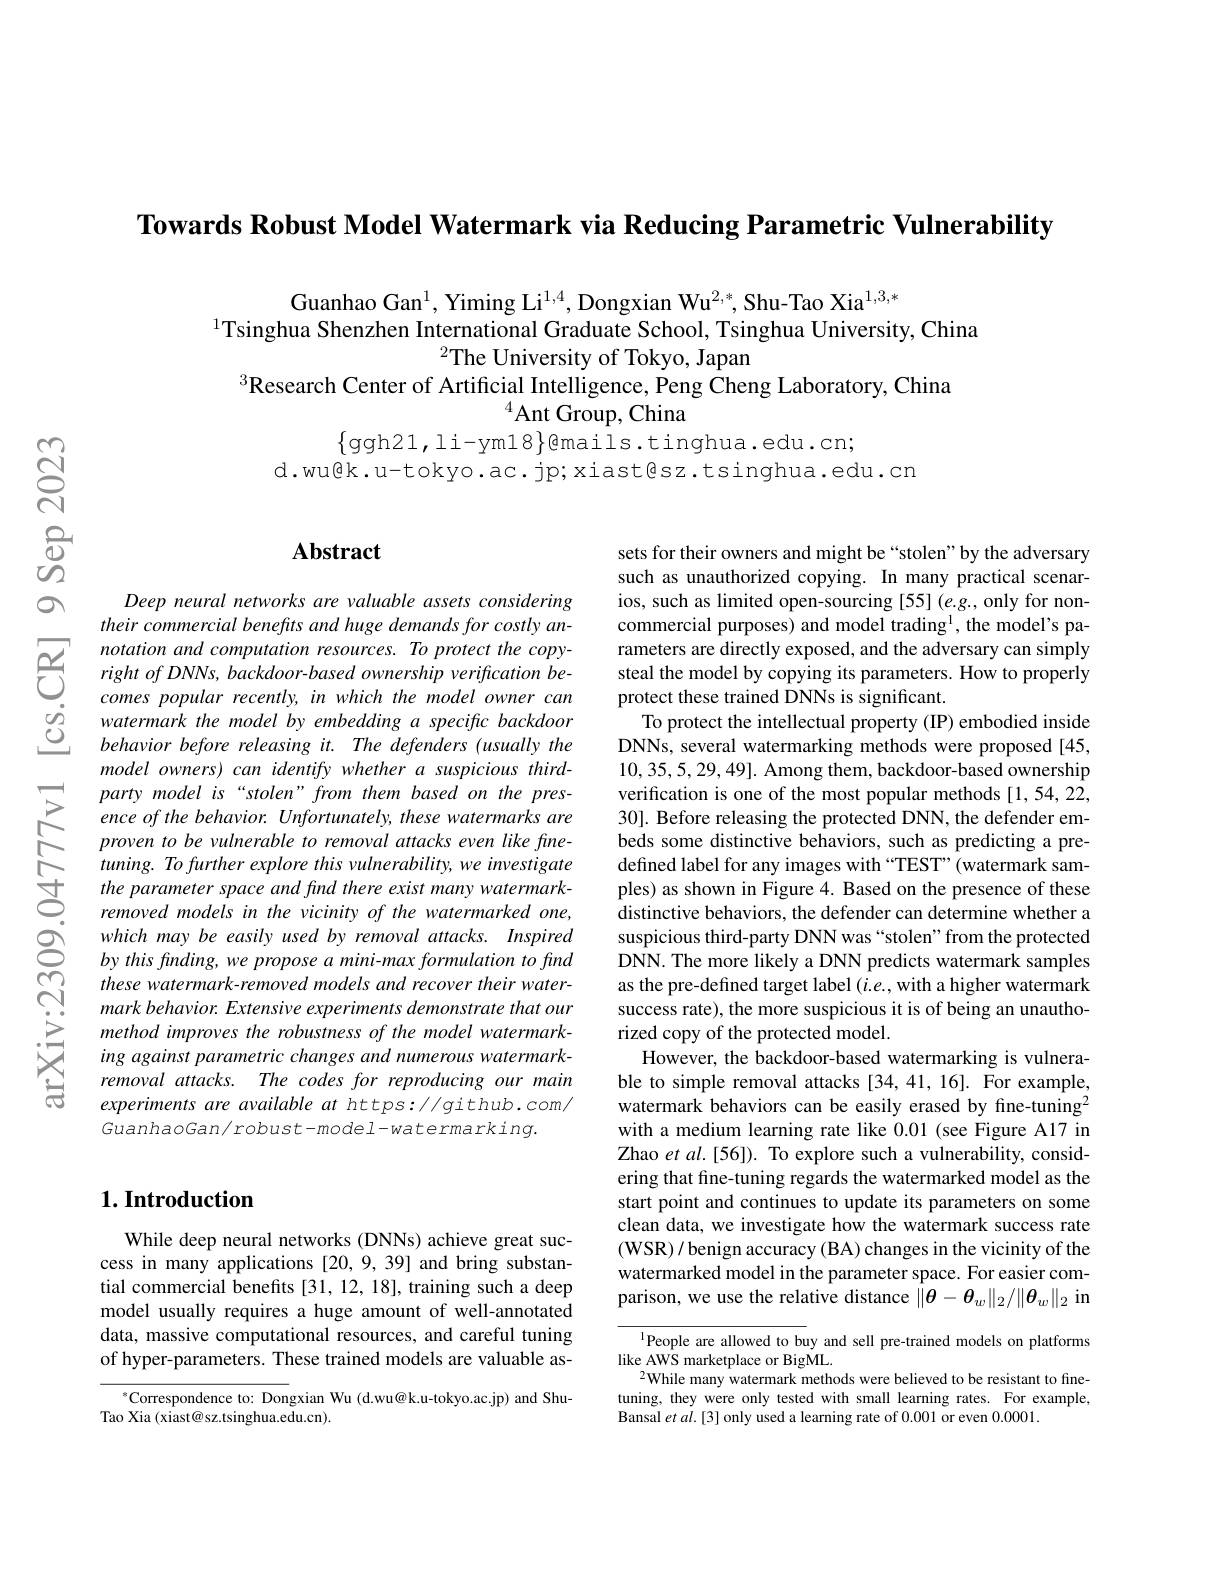
Towards Robust Model Watermark via Reducing Parametric Vulnerability

Guanhao Gan$^{1}$, Yiming Li$^{1,4}$, Dongxian Wu$^{2,*}$, Shu-Tao Xia$^{1,3,*}$
$^{1}$Tsinghua Shenzhen Inte
$^{2}$The University of Tokyo, Japan
$^{3}$Research Center of Artificial Intelligence, Peng Cheng Laboratory, China
$^{4}$Ant Group, China
$\{$ggh21,li-ym18$\}$emails.tinghua.edu.cn;

d.wu@k.u-tokyo.ac.jp; xiast@sz.tsinghua.edu.cn

## $\mathbf{Abstract}$

Deep neural networks are valuable assets considering their commercial benefits and huge demands for costly an-
notation and computation
watermark the model by embed behavior before releasing it. The defenders (usually the model owners) can identify w party model is“stolen”from them based on the presence of the behavior. Unfortunately, these watermarks are proven to be vulnerable to removal attacks even like fine- $tuning.Tofurtherexplorethisvulnerability,weinvestigate$ the parameter space and find there exist many watermarkremoved models in the vicinity of the watermarked one, which may be easily used by removal attacks. Inspired by this finding, we propose a mini-max formulation to find these watermark-removed models and recover their watermark behavior. Extensive exp method improves the robustne ing against parametric changes and numerous watermarkremoval attacks. The codes for reproducing our main experiments are available at https://github.com/ $GuanhaoGan/robust-model-watermarking.$

## $1. \textbf{Introduction}$

While deep neural networks (DNNs) achieve great success in many applications [20,9,39] and bring substantial commercial benefits [31, 12, 18], training such a deep model usually requires a huge amount of well-annotated data, massive computational resources, and careful tuning of hyper-parameters. These t

Correspondence to: Dongxian
Tao Xia (xiast@sz.tsinghua.edu.cn).

sets for their owners and might be “stolen”by the adversary such as unauthorized copying. In many practical scenarios, such as limited open-sourcing [55] (e.g., only for noncommercial purposes) and model trading$^{\mathrm{l}}$, the model's parameters are directly exposed, and the adversary can simply steal the model by copying its parameters. How to properly protect these trained DNNs is significant.
To protect the intellectual property (IP) embodied inside DNNs, several watermarking methods were proposed [45, 10,35,5,29,49]. Among them, backdoor-based ownership verification is one of the most popular methods [1,54,22, 30]. Before releasing the protected DNN, the defender embeds some distinctive behavi defined label for any images with “TEST”(watermark samples) as shown in Figure 4. Based on the presence of these distinctive behaviors, the defender can determine whether a suspicious third-party DNN w DNN. The more likely a DNN predicts watermark samples as the pre-defined target label $(i.e.$, with a higher watermark success rate), the more suspicious it is of being an unauthorized copy of the protected model.
However, the backdoor-based watermarking is vulnerable to simple removal attacks [34,41,16]. For example, watermark behaviors can be easily erased by fine-tuning$^{2}$ with a medium learning rate like 0.01 (see Figure A17 in Zhao et al.[56]). To explore ering that fine-tuning regards the watermarked model as the start point and continues to clean data, we investigate h (WSR) / benign accuracy ( BA) changes in the vicinity of the watermarked model in the parameter space. For easier comparison, we use the relative distance $\|\boldsymbol{\theta}-\boldsymbol{\theta}_w\|_2/\|\boldsymbol{\theta}_w\|_2$ in
$^{\mathrm{l}}$People are allowed to buy and sell pre-trained models on platforms

like AWS marketplace or BigML.
$^{2}$While many watermark methods were believed to be resistant to finetuning, they were only tested with small learning rates. For example, Bansal $etal.[3]$ only used a learning rate of 0.001 or even 0.0001.